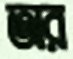
অর